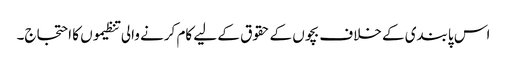
اس پابندی کے خلاف بچوں کے حقوق کے لیے کام کرنے والی تنظیموں کا احتجاج۔